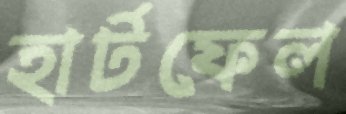
হার্টফেল